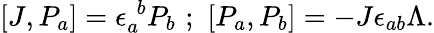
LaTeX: [J,P_{a}]=\epsilon_{a}^{\, \, b}P_{b}\, \, ;\, \, [P_{a},P_{b}]=-J\epsilon_{ab}\Lambda.